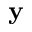
\mathbf y